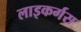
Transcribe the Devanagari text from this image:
लाइकर्गस